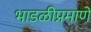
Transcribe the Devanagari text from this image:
भाडळीप्रमाणे